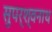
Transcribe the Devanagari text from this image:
सुपर्श्‍वनाथ